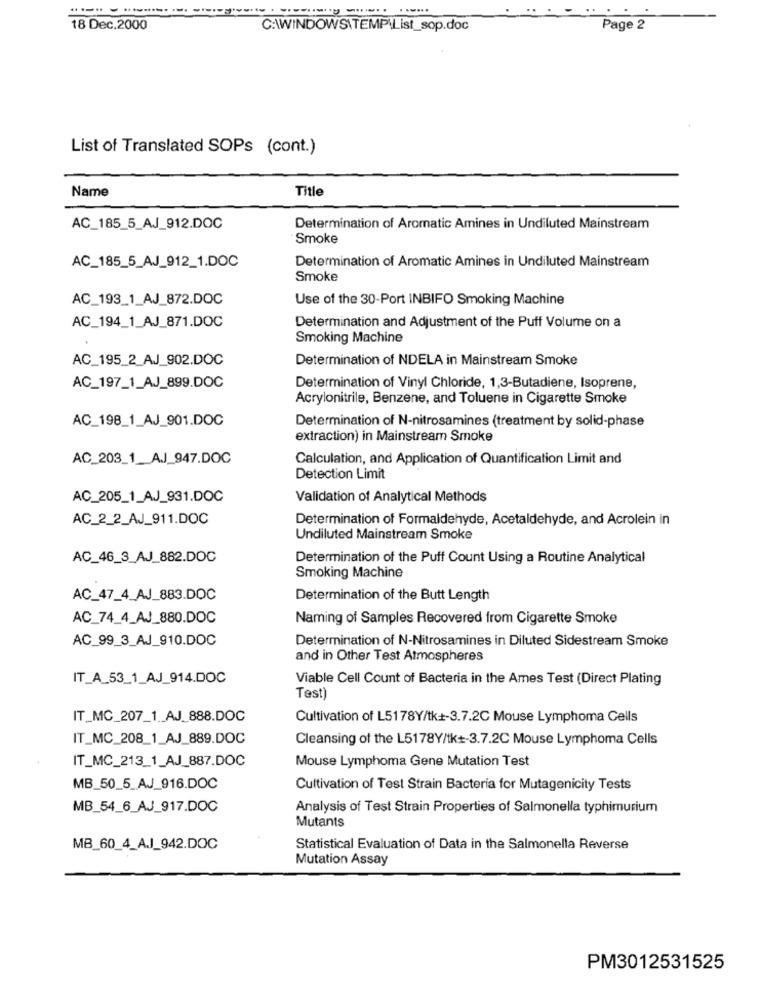
18 Dec.2000
C:\WINDOWS\TEMP\List_sop.doc
Page 2
List of Translated SOPs (cont.)
Name
Title
AC_185_5_AJ_912.DOC
Determination of Aromatic Amines in Undiluted Mainstream
Smoke
AC_185_5_AJ_912_1.DOC
Determination of Aromatic Amines in Undiluted Mainstream
Smoke
AC_193_1_AJ_872.DOC
Use of the 30-Port INBIFO Smoking Machine
AC_194_1_AJ_871.DOC
Determination and Adjustment of the Puff Volume on a
Smoking Machine
AC_195_2_AJ_902.DOC
Determination of NDELA in Mainstream Smoke
AC_197_1_AJ_899.DOC
Determination of Vinyl Chloride, 1,3-Butadiene, Isoprene,
Acrylonitrile, Benzene, and Toluene in Cigarette Smoke
AC_198_1_AJ_901.DOC
Determination of N-nitrosamines (treatment by solid-phase
extraction) in Mainstream Smoke
AC_203_1_AJ_947.DOC
Calculation, and Application of Quantification Limit and
Detection Limit
AC_205_1_AJ_931.DOC
Validation of Analytical Methods
AC_2_2_AJ_911.DOC
Determination of Formaldehyde, Acetaldehyde, and Acrolein in
Undiluted Mainstream Smoke
AC_46_3_AJ_882.DOC
Determination of the Puff Count Using a Routine Analytical
Smoking Machine
AC_47_4_AJ_883.DOC
Determination of the Butt Length
AC_74_4_AJ_880.DOC
Naming of Samples Recovered from Cigarette Smoke
AC_99_3_AJ_910.DOC
Determination of N-Nitrosamines in Diluted Sidestream Smoke
and in Other Test Atmospheres
IT_A_53_1_AJ_914.DOC
Viable Cell Count of Bacteria in the Ames Test (Direct Plating
Test)
IT_MC_207_1_AJ_888.DOC
Cultivation of L5178Y/tk+-3.7.2C Mouse Lymphoma Cells
IT_MC_208_1_AJ_889.DOC
Cleansing of the L5178Y/tk+-3.7.2C Mouse Lymphoma Cells
IT_MC_213_1_AJ_887.DOC
Mouse Lymphoma Gene Mutation Test
MB_50_5_AJ_916.DOC
Cultivation of Test Strain Bacteria for Mutagenicity Tests
MB_54_6_AJ_917.DOC
Analysis of Test Strain Properties of Salmonella typhimurium
Mutants
MB_60_4_A.J_942.DOC
Statistical Evaluation of Data in the Salmonella Reverse
Mutation Assay
PM3012531525